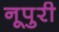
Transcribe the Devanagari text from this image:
नूपुरी